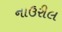
નાઉરીલ